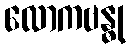
လောကဗန္ဓု